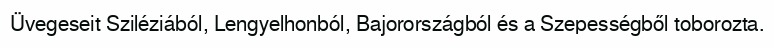
Üvegeseit Sziléziából, Lengyelhonból, Bajorországból és a Szepességből toborozta.